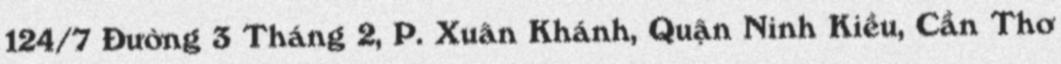
124/7 Đường 3 Tháng 2, P. Xuân Khánh, Quận Ninh Kiều, Cần Thơ